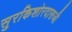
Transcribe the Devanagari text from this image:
सुरकिशोरदासजी